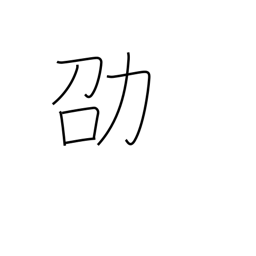
Meaning: recommend